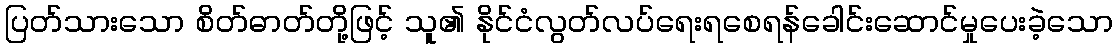
ပြတ်သားသော စိတ်ဓာတ်တို့ဖြင့် သူ၏ နိုင်ငံလွတ်လပ်ရေးရစေရန်ခေါင်းဆောင်မှုပေးခဲ့သော